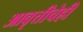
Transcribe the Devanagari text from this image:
आवृत्तीचेही